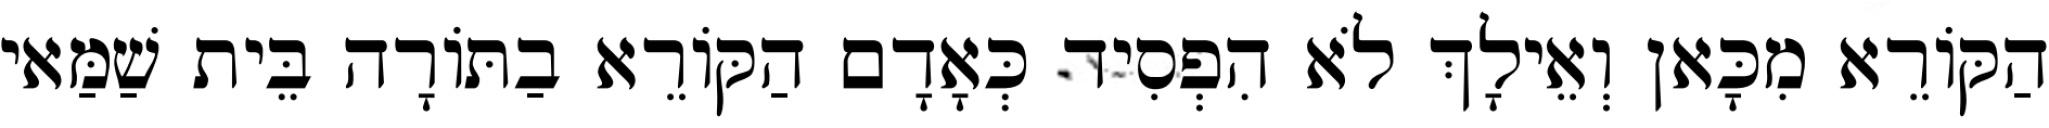
הַקּוֹרֵא מִכָּאן וְאֵילָךְ לֹא הִפְסִיד כְּאָדָם הַקּוֹרֵא בַתּוֹרָה בֵּית שַׁמַּאי